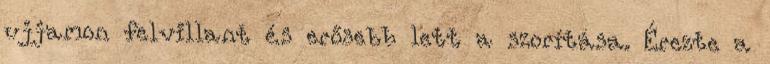
ujjamon felvillant és erősebb lett a szorítása. Érezte a